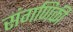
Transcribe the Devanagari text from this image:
संगणिकी